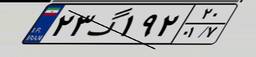
۳۰گ۶۵۱۲۶